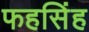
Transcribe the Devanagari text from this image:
फहसिंह